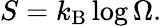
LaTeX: S=k_{\mathrm{B}}\log\Omega.